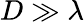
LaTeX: D\gg\lambda